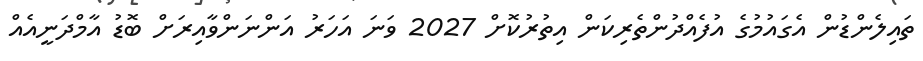
ތައިލެންޑުން އެގައުމުގެ އުފެއްދުންތެރިކަން އިތުރުކޮށް 2027 ވަނަ އަހަރު އަންނަންވާއިރަށް ބޮޑު އާމްދަނީއެއް